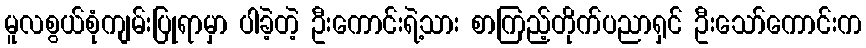
မူလစွယ်စုံကျမ်းပြုရာမှာ ပါခဲ့တဲ့ ဦးကောင်းရဲ့သား စာကြည့်တိုက်ပညာရှင် ဦးသော်ကောင်းက